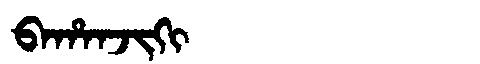
Manchu: ᠪᠠᡥᠠᠨᠵᡳᡴᡳ
Romanization: BAHANJIKI